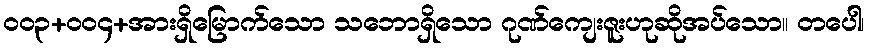
၀၀၃+၀၀၄+အားရှိမြောက်သော သဘောရှိသော ဂုဏ်ကျေးဇူးဟုဆိုအပ်သော။ တပေါ၊